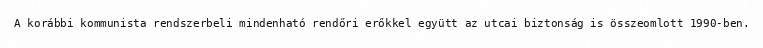
A korábbi kommunista rendszerbeli mindenható rendőri erőkkel együtt az utcai biztonság is összeomlott 1990-ben.